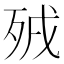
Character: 𣧵